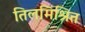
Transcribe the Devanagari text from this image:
तिलमिश्रित